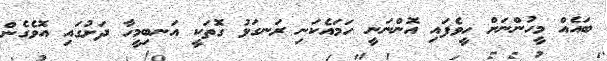
ބައެއް މީހުންނަށް ހީވެފައި އޮންނަނީ ހަމައެކަނި ރަނގަޅު ގޮތަކީ އަނބިމީހާ ދަށުގައި އޮވެގެން